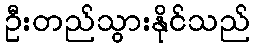
ဦးတည်သွားနိုင်သည်